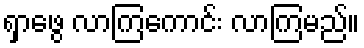
ရှာဖွေ လာကြကောင်း လာကြမည်။